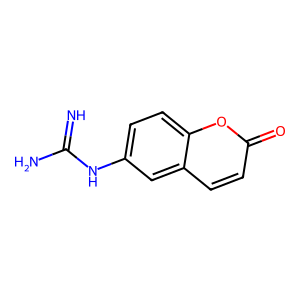
SMILES: N=C(N)Nc1ccc2oc(=O)ccc2c1
Inhibits HIV replication: No